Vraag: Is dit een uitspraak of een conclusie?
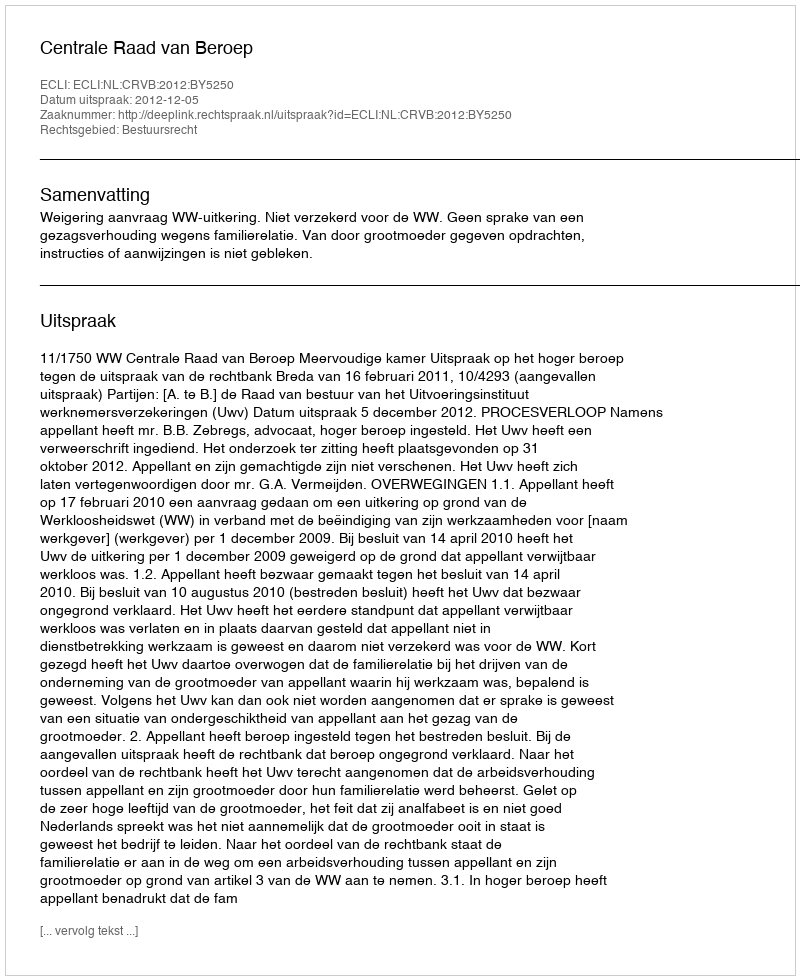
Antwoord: Uitspraak